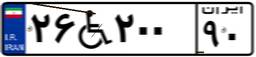
۲۶W۲۰۰۹۰